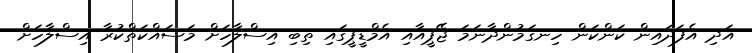
އަދި އެފަދައިން ކަންކަން ހިނގަމުންދާނަމަ ޖޭޕީއާއި އެމްޑީޕީގައި ތިބި އިސްލާހަށް މަސައްކަތްކުރާ އިސްލާހަށް